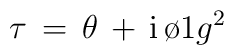
\tau \, = \, \theta \, + \, \mbox{i} \, {\o{1}{g^2}}